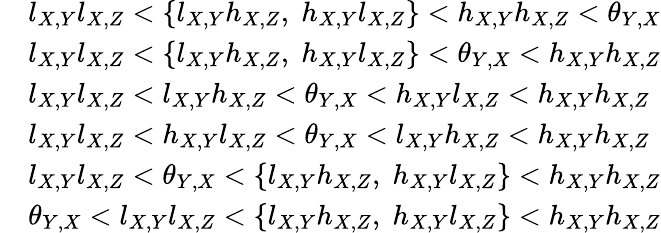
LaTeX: \begin{array}{rl}&{l_{X,Y}l_{X,Z}<\{ l_{X,Y}h_{X,Z},\; h_{X,Y}l_{X,Z}\} <h_{X,Y}h_{X,Z}<\theta_{Y,X}}\\ &{l_{X,Y}l_{X,Z}<\{ l_{X,Y}h_{X,Z},\; h_{X,Y}l_{X,Z}\} <\theta_{Y,X}<h_{X,Y}h_{X,Z}}\\ &{l_{X,Y}l_{X,Z}<l_{X,Y}h_{X,Z}<\theta_{Y,X}<h_{X,Y}l_{X,Z}<h_{X,Y}h_{X,Z}}\\ &{l_{X,Y}l_{X,Z}<h_{X,Y}l_{X,Z}<\theta_{Y,X}<l_{X,Y}h_{X,Z}<h_{X,Y}h_{X,Z}}\\ &{l_{X,Y}l_{X,Z}<\theta_{Y,X}<\{ l_{X,Y}h_{X,Z},\; h_{X,Y}l_{X,Z}\} <h_{X,Y}h_{X,Z}}\\ &{\theta_{Y,X}<l_{X,Y}l_{X,Z}<\{ l_{X,Y}h_{X,Z},\; h_{X,Y}l_{X,Z}\} <h_{X,Y}h_{X,Z}}\end{array}